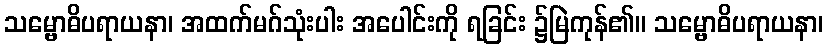
သမ္ဗောဓိပရာယနာ၊ အထက်မဂ်သုံးပါး အပေါင်းကို ရခြင်း ၌မြဲကုန်၏။ သမ္ဗောဓိပရာယနာ၊